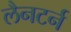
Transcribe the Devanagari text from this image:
लैनटर्न